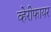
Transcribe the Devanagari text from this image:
व्हेरीफायर